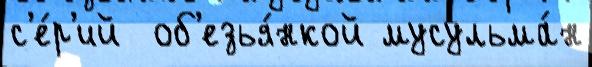
с'е́р'ий  об'езья́нкой мусульма́н